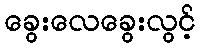
ခွေးလေခွေးလွင့်